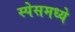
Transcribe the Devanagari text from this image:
स्पेसमध्ये